Medical and sanitary report of the native army of Bengal for the year
Year: 1877
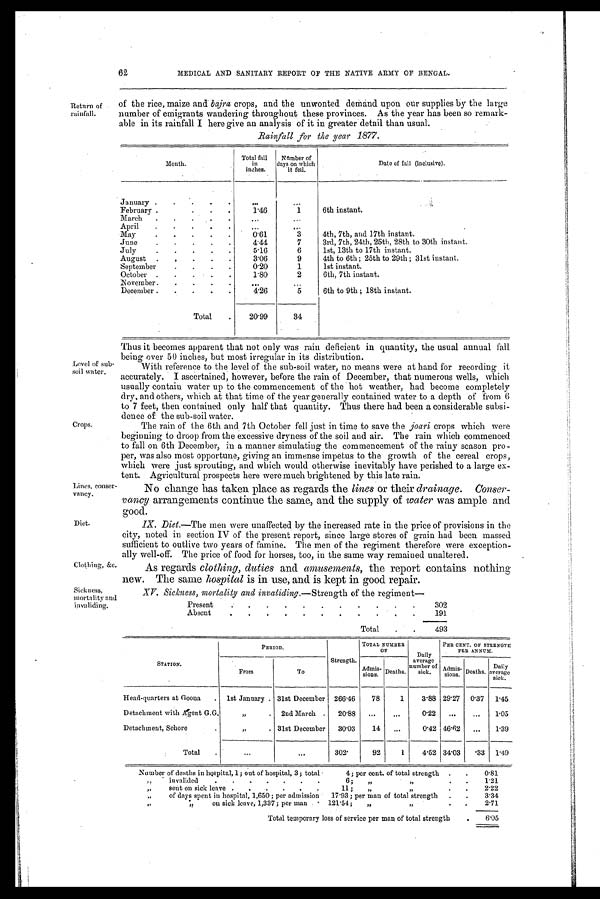
62
MEDICAL AND SANITARY REPORT OF THE NATIVE ARMY OF BENGAL.
Return of
rainfall.
of the rice, maize and bajra crops, and the unwonted demand upon our supplies by the large
number of emigrants wandering throughout these provinces. As the year has been so remark-
able in its rainfall I here give an analysis of it in greater detail than usual.
Month.
Total fall
in
inches.
Nfimber of
days on which
it fell.
Date of fall (inclusive).
January .
.
.
.
.
. . .
...
Februar
.
•
.
.
1.46
1
6th instant.
March
.
.
.
. .
...
...
April
.
.
.
.
.
. . .
...
. . .
May
.
.
.
.
.
0 . 6 1
3
4th, 7th, and 17th instant.
June
.
.
.
.
.
4.44
7
3rd, 7th, 24th, 25th, 28th to 30th instant.
July
.
.
.
.
.
5.16
6
1st, 13th to 17th instant.
August
.
,
.
.
.
3.06
9
4th to 6th ; 25th to 29th ; 31st instant.
September
.
.
.
.
0.20
1
1st instant.
October .
.
.
.
.
1.80
2
6th, 7th instant.
November .
.
.
.
. . .
...
December .
.
.
.
.
4.26
5
6th to 9th ; 18th instant.
Total
.
20.99
34
Level of sub-
soil water.
Crops.
Lines, conser-
vancy.
Diet.
Cl ot hi ng, &c. .
Thus it becomes apparent that not only was rain deficient in quantity, the usual annual fall
being over 50 inches, but most irregular in its distribution.
With reference to the level of the sub-soil water, no means were at hand for recording it
accurately. I ascertained, however, before the rain of December, that numerous wells, which
usually contain water up to the commencement of the hot weather, had become completely
dry, and others, which at that time of the year generally contained water to a depth of from 6
to 7 feet, then contained only half that quantity. Thus there had been a considerable subsi-
dence of the sub-soil water.
The rain of the 6th and 7th October fell just in time to save the joari crops which were
beginning to droop from the excessive dryness of the soil and air. The rain which commenced
to fall on 6th December, in a manner simulating the commencement of the rainy season pro-
per, was also most opportune, giving an immense impetus to the growth of the cereal crops,
which were just sprouting, and which would otherwise inevitably have perished to a large ex-
tent. Agricultural prospects here were much brightened by this late rain.
No change has taken place as regards the lines or their drainage. Conser-
vancy arrangements continue the same, and the supply of water was ample and
good.
IX. Diet.—The men were unaffected by the increased rate in the price of provisions in the
city, noted in section IV of the present report, since large stores of grain had been massed
sufficient to outlive two years of famine. The men of the regiment therefore were exception-
ally well-off. The price of food for horses, too, in the same way remained unaltered.
As regards clothing, duties and amusements, the report contains nothing
new. The same hospital is in use, and is kept in good repair.
Sickness,
mortality and
invaliding,
XV. Sickness, mortality and invaliding.— Strength of the regiment—
Present
. .
.
.
.
.
.
.
.
.
.
302
Absent
.
.
.
.
.
.
.
.
.
.
.
191
Total
.
.
493
STATION.
PERIOD.
Strength.
TOTAL NUMBER
O F
Daily
average
number of
sick.
PER CENT. OF STRENGTH
PER ANNUM.
From
To
Admis-
sions. Deaths.
Admis-
sions.
Deaths.
Daily
average
sick.
Head-quarters at Goona
.
1st January . 31st December 266.46
78
1
3.88 29.27
0.37
1.45
Detachment with Agent G.G.
,,
.
2nd March .
20.88
...
...
0.22
. . . ...
1.95
Detachment, Sehore
.
„
. 31st December
30.03
14
...
0.42 46.62
...
1.39
Total
.
...
...
302
92
1
4.52 34.03
.33
1.49
Number of deaths in hospital, 1; out of hospital, 3; total •
4; per cent. of total strength
.
.
0.81
„
invalided
.
.
.
.
.
.
.
6;
„
„
.
.
1.21
„
sent on sick leave .
.
.
.
.
.
11 ;
,,
,,
.
.
2.22
„
of days spent in hospital, 1,650 ; per admission
17.93 ; per man of total strength
.
.
3.34
,,
on sick leave, 1,337; per man
•
121.54;
„
„
.
.
2.71
Total temporary loss of service per man of total strength
.
6.05